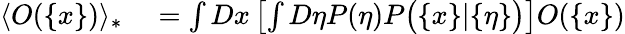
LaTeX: \begin{array}{rl}{\langle O(\{ x\} )\rangle_{*}}&{{}=\int Dx\left[\int D\eta P(\eta)P\big(\{ x\} |\{ \eta\} \big)\right]O(\{ x\} )}\end{array}